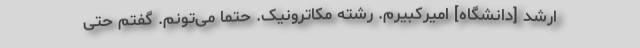
ارشد [دانشگاه‌]ّ امیرکبیرم. رشته مکاترونیک. حتما می‌تونم. گفتم حتی